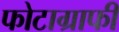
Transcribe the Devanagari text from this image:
फोटाग्राफी